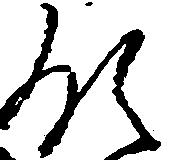
領